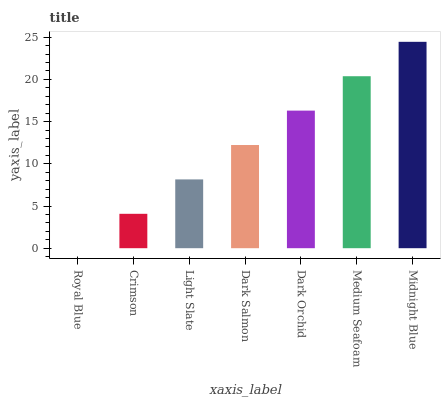
| xaxis_label | bars |
 | --- | --- |
 | Royal Blue | 0 |
 | Crimson | 4.08 |
 | Light Slate | 8.15 |
 | Dark Salmon | 12.2 |
 | Dark Orchid | 16.3 |
 | Medium Seafoam | 20.4 |
 | Midnight Blue | 24.5 |